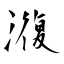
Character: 澓